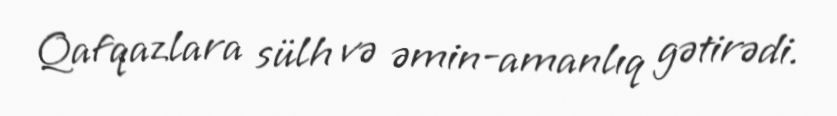
Qafqazlara sülh və əmin-amanlıq gətirədi.